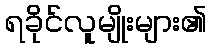
ရခိုင်လူမျိုးများ၏